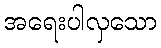
အရေးပါလှသော